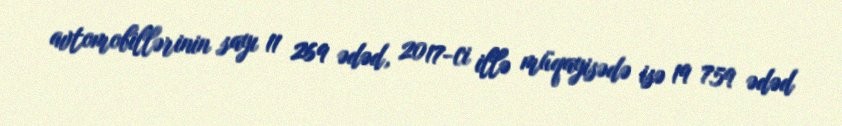
avtomobillərinin sayı 11 269 ədəd, 2017-ci illə müqayisədə isə 19 759 ədəd